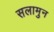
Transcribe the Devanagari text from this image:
सलामुन